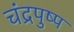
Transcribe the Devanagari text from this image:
चंद्रपुष्प